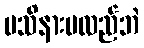
မသိနားမလည်ဘဲ